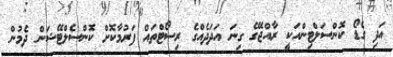
އަދި ގެޑޯ ކޮންސަލްޓިންއަކީ ރާއްޖޭގެ ގިނަ އަދަދެއްގެ ރިސޯޓްތައް ފަރުމާކޮށް ކޮންސެލްޓޭޝަން ދެމުން